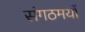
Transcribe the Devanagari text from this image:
संगठमयों